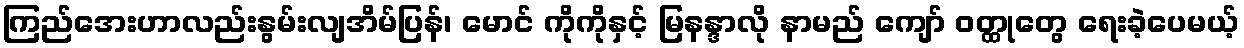
ကြည်အေးဟာလည်းနွမ်းလျအိမ်ပြန်၊ မောင် ကိုကိုနှင့် မြနန္ဒာလို နာမည် ကျော် ဝတ္ထုတွေ ရေးခဲ့ပေမယ့်